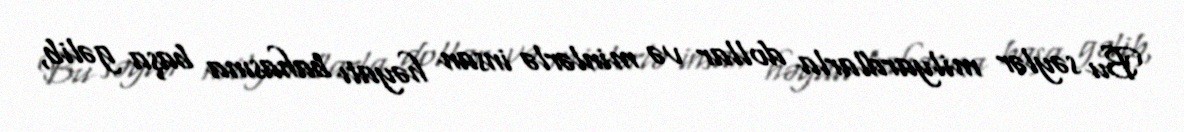
Bu səylər milyardlarla dollar və minlərlə insan həyatı bahasına başa gəlib,